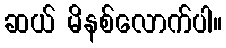
ဆယ် မိနစ်လောက်ပါ။